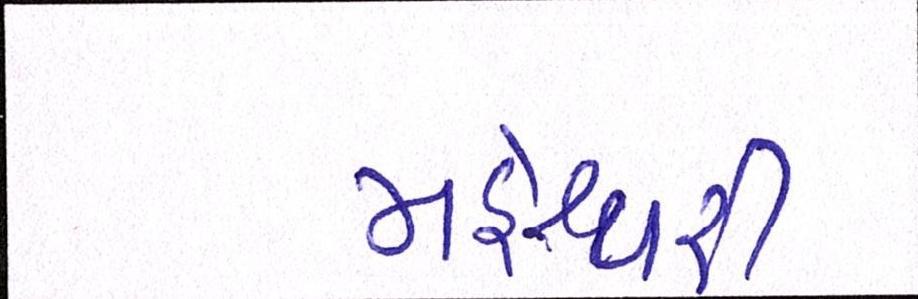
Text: મહેશ્વરી